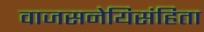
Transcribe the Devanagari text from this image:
वाजसनेयिसंहिता